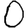
Digit: 0